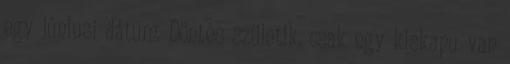
egy júniusi dátum. Döntés születik, csak egy kiskapu van